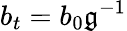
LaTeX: b_{t}=b_{0}\mathfrak{g}^{-1}